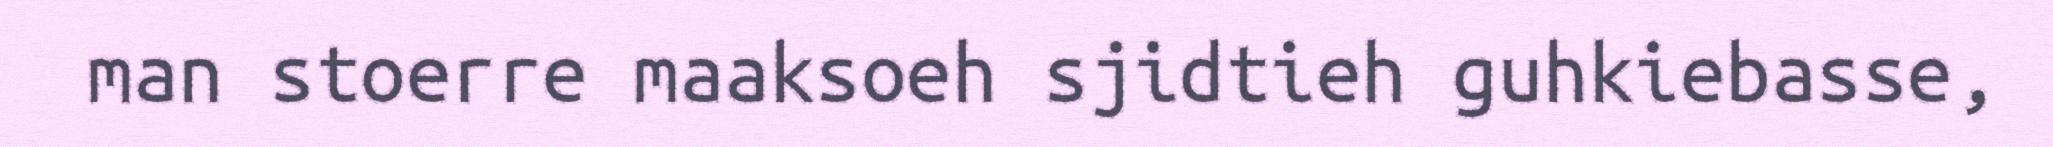
man stoerre maaksoeh sjidtieh guhkiebasse,